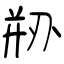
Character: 剙